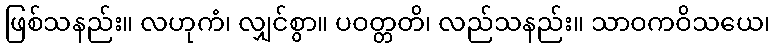
ဖြစ်သနည်း။ လဟုကံ၊ လျှင်စွာ။ ပဝတ္တတိ၊ လည်သနည်း။ သာဝကဝိသယေ၊